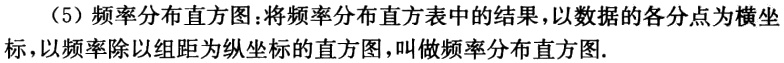
（5）频率分布直方图：将频率分布直方表中的结果，以数据的各分点为横坐标，以频率除以组距为纵坐标的直方图，叫做频率分布直方图.